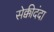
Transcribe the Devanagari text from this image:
सेक्कीदंदा